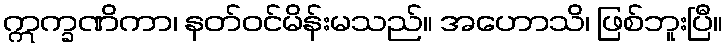
ဣက္ခဏိကာ၊ နတ်ဝင်မိန်းမသည်။ အဟောသိ၊ ဖြစ်ဘူးပြီ။